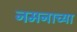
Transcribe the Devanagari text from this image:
नमनाच्या